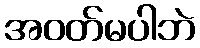
အဝတ်မပါဘဲ